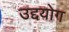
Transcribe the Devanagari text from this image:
उद्दयोग